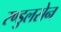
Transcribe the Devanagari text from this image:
रण्डुलसेन